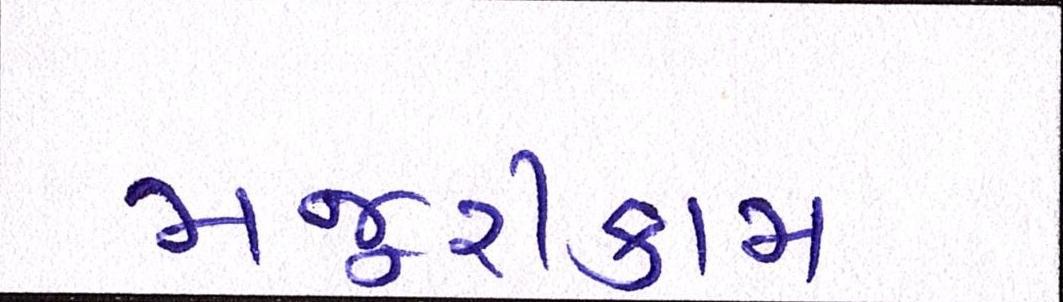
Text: મજૂરીકામ